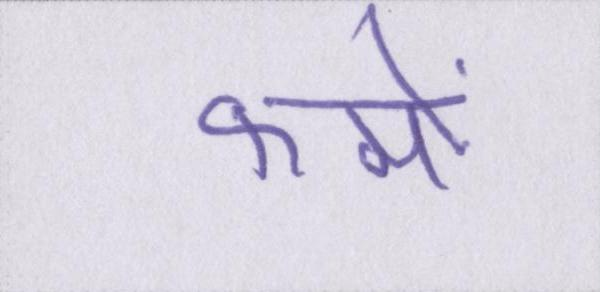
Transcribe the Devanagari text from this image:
फर्मों